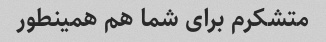
متشکرم برای شما هم همینطور